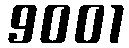
9001